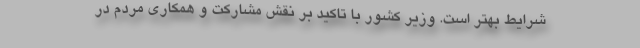
شرایط بهتر است. وزیر کشور با تاکید بر نقش مشارکت و همکاری مردم در